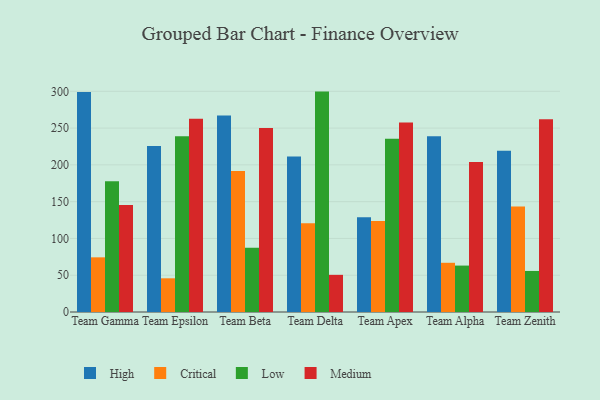
{"axis": {"x": "Team", "y": "LTV (USD)"}, "legend": ["Critical", "High", "Low", "Medium"], "data": [{"x": "Team Gamma", "y": 299.2, "type": "High"}, {"x": "Team Gamma", "y": 74.3, "type": "Critical"}, {"x": "Team Gamma", "y": 177.6, "type": "Low"}, {"x": "Team Gamma", "y": 145.4, "type": "Medium"}, {"x": "Team Epsilon", "y": 225.5, "type": "High"}, {"x": "Team Epsilon", "y": 45.8, "type": "Critical"}, {"x": "Team Epsilon", "y": 238.8, "type": "Low"}, {"x": "Team Epsilon", "y": 262.8, "type": "Medium"}, {"x": "Team Beta", "y": 267.1, "type": "High"}, {"x": "Team Beta", "y": 191.5, "type": "Critical"}, {"x": "Team Beta", "y": 87.4, "type": "Low"}, {"x": "Team Beta", "y": 250.2, "type": "Medium"}, {"x": "Team Delta", "y": 211.3, "type": "High"}, {"x": "Team Delta", "y": 120.7, "type": "Critical"}, {"x": "Team Delta", "y": 299.6, "type": "Low"}, {"x": "Team Delta", "y": 50.5, "type": "Medium"}, {"x": "Team Apex", "y": 128.8, "type": "High"}, {"x": "Team Apex", "y": 123.6, "type": "Critical"}, {"x": "Team Apex", "y": 235.5, "type": "Low"}, {"x": "Team Apex", "y": 257.5, "type": "Medium"}, {"x": "Team Alpha", "y": 239.0, "type": "High"}, {"x": "Team Alpha", "y": 66.9, "type": "Critical"}, {"x": "Team Alpha", "y": 63.1, "type": "Low"}, {"x": "Team Alpha", "y": 204.0, "type": "Medium"}, {"x": "Team Zenith", "y": 219.1, "type": "High"}, {"x": "Team Zenith", "y": 143.4, "type": "Critical"}, {"x": "Team Zenith", "y": 55.8, "type": "Low"}, {"x": "Team Zenith", "y": 261.9, "type": "Medium"}]}